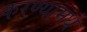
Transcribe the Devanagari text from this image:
करण्यामधे